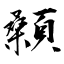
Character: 顙